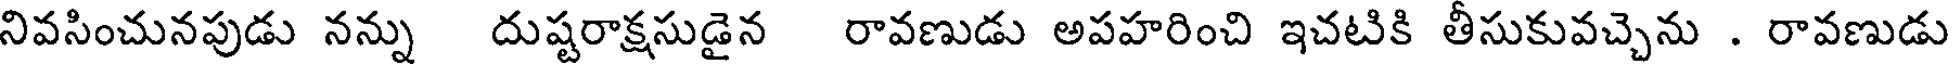
నివసించునపుడు నన్ను దుష్టరాక్షసుడైన రావణుడు అపహరించి ఇచటికి తీసుకువచ్చెను . రావణుడు